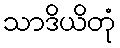
သာဒိယိတုံ